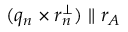
( q _ { n } \times r _ { n } ^ { \perp } ) \parallel r _ { A }